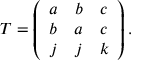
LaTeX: T = \left( \begin{array} { c c c } { { a } } & { { b } } & { { c } } \\ { { b } } & { { a } } & { { c } } \\ { { j } } & { { j } } & { { k } } \end{array} \right) .